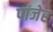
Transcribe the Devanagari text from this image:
पांजेर